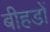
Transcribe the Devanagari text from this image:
बीहडों